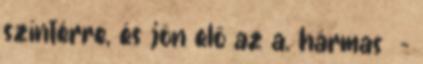
színtérre, és jön elő az a. hármas -